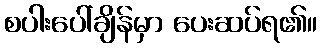
စပါးပေါ်ချိန်မှာ ပေးဆပ်ရ၏။